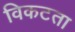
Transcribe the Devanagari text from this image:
विकटता